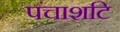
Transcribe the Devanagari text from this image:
पंचाशटि